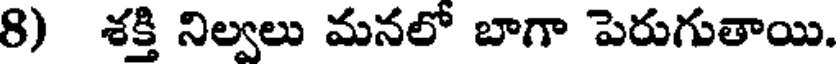
8) శక్తి నిల్వలు మనలో బాగా పెరుగుతాయి.